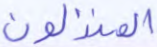
المنزلون